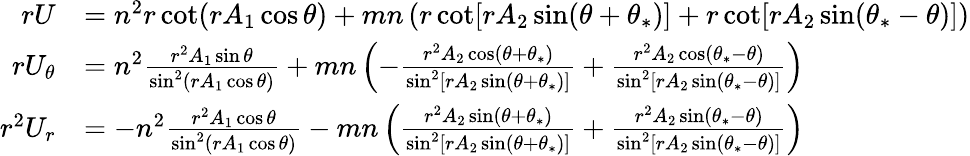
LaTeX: \begin{array}{rl}{rU}&{=n^{2}r\cot(rA_{1}\cos\theta)+mn\left(r\cot[rA_{2}\sin(\theta+\theta_{*})]+r\cot[rA_{2}\sin(\theta_{*}-\theta)]\right)}\\ {rU_{\theta}}&{=n^{2}\frac{r^{2}A_{1}\sin\theta}{\sin^{2}(rA_{1}\cos\theta)}+mn\left(-\frac{r^{2}A_{2}\cos(\theta+\theta_{*})}{\sin^{2}[rA_{2}\sin(\theta+\theta_{*})]}+\frac{r^{2}A_{2}\cos(\theta_{*}-\theta)}{\sin^{2}[rA_{2}\sin(\theta_{*}-\theta)]}\right)}\\ {r^{2}U_{r}}&{=-n^{2}\frac{r^{2}A_{1}\cos\theta}{\sin^{2}(rA_{1}\cos\theta)}-mn\left(\frac{r^{2}A_{2}\sin(\theta+\theta_{*})}{\sin^{2}[rA_{2}\sin(\theta+\theta_{*})]}+\frac{r^{2}A_{2}\sin(\theta_{*}-\theta)}{\sin^{2}[rA_{2}\sin(\theta_{*}-\theta)]}\right)}\end{array}